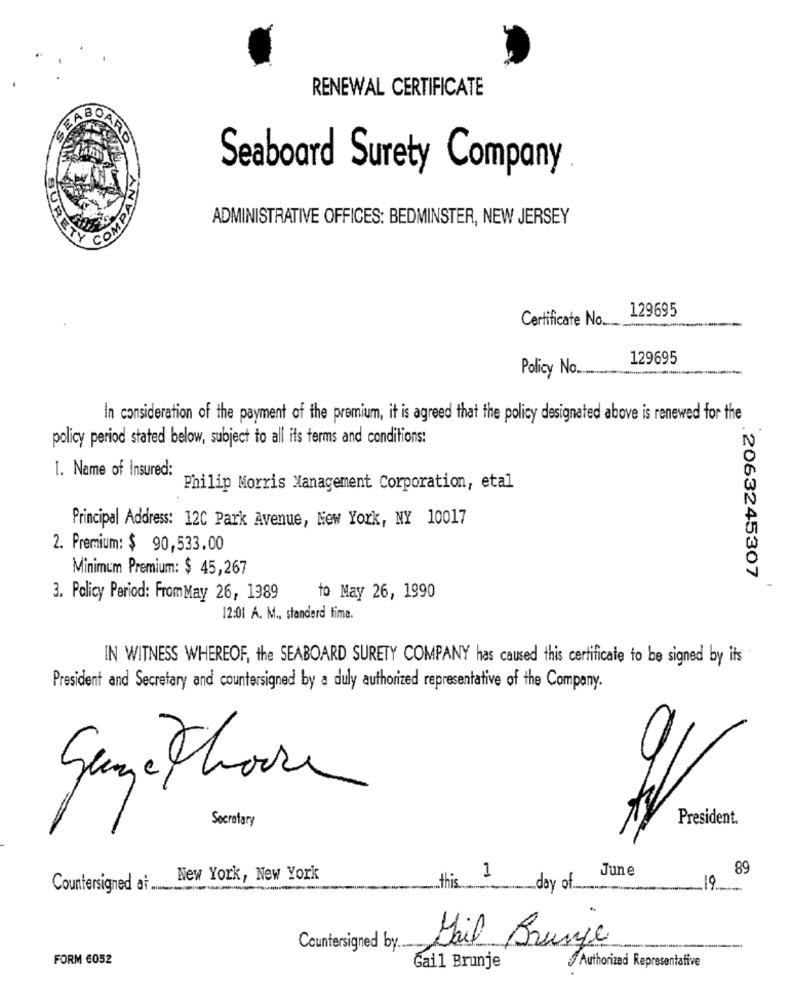
RENEWAL CERTIFICATE
CEABOARD
COMPANY
Seaboard Surety Company
ADMINISTRATIVE OFFICES: BEDMINSTER, NEW JERSEY
DURET
129695
Certificate No_
129695
Policy No ...
In consideration of the payment of the premium, it is agreed that the policy designated above is renewed for the
policy period stated below, subject to all its terms and conditions:
1. Name of Insured:
Philip Morris Management Corporation, etal
Principal Address: 12C Park Avenue, New York, NY 10017
2. Premium: $ 90,533.00
Minimum Premium: $ 45,267
.2063245307
3. Policy Period: FromMay 26, 1989
to May 26, 1990
12:01 A. M ., standard time.
IN WITNESS WHEREOF, the SEABOARD SURETY COMPANY has caused this certificate to be signed by its
President and Secretary and countersigned by a duly authorized representative of the Company.
Sungethours
Secretary
President.
June
89
New York, New York
this
1
Countersigned at ....
day of.
19
Countersigned by.
Mail Brunje
--
FORM 6052
Authorized Representative
Gall Brunje